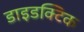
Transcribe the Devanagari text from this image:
डाइडक्टिक